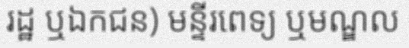
រដ្ឋ ឬឯកជន) មន្ទីរពេទ្យ ឬមណ្ឌល